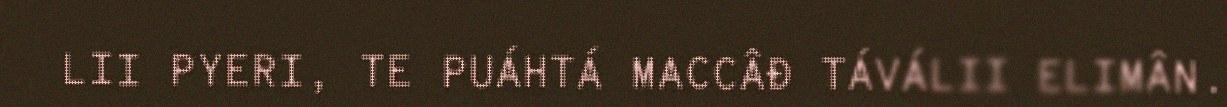
LII PYERI, TE PUÁHTÁ MACCÂĐ TÁVÁLII ELIMÂN.